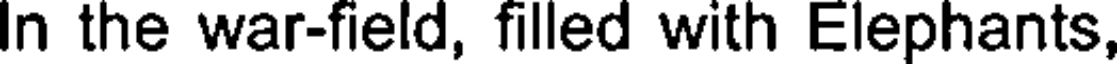
In the war-field, filled with Elephants,